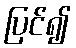
ပြင်၍